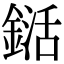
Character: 𨨱